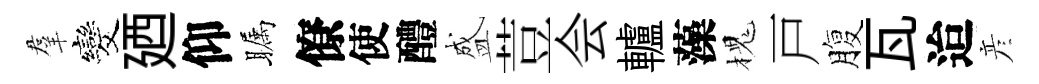
羣发廼仰瞩僚使醴盛荳会轤藻槐戸腹瓦迨彦